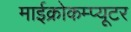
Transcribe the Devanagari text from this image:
माईक्रोकम्प्यूटर